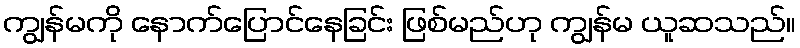
ကျွန်မကို နောက်ပြောင်နေခြင်း ဖြစ်မည်ဟု ကျွန်မ ယူဆသည်။